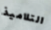
التلاميذ